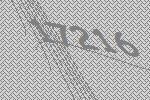
17216